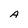
Character: A